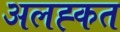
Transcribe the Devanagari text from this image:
अलह्कत